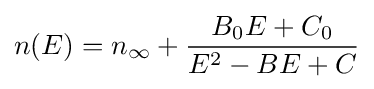
n(E)=n_{\infty }+{\frac {B_{0}E+C_{0}}{E^{2}-BE+C}}